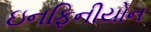
ઇનફિનીયોન